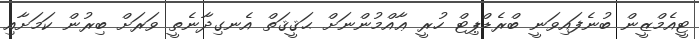
ޓީއެމްޒީން ބުނެފައިވަނީ ބްރެޑްޕިޓް ހުރީ ޢާއްމުންނަށް ޙަޤީޤަތް އެނގިދާނެތީ ވަރަށް ބިރުން ކަމަށާއި